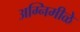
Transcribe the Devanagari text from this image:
अग्निमीळे